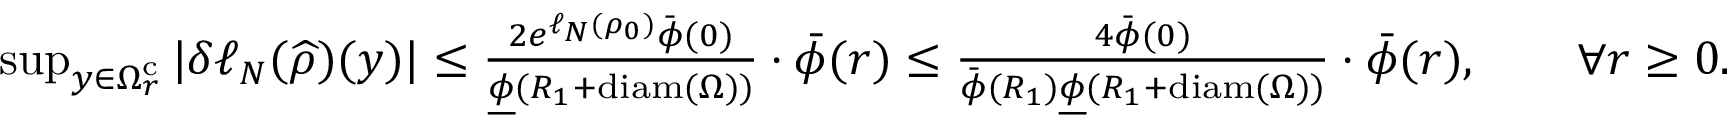
\begin{array} { r } { \operatorname* { s u p } _ { y \in \Omega _ { r } ^ { \mathrm { c } } } | \delta \ell _ { N } ( \widehat { \rho } ) ( y ) | \leq \frac { 2 e ^ { \ell _ { N } ( \rho _ { 0 } ) } \bar { \phi } ( 0 ) } { \underline { { \phi } } ( R _ { 1 } + \mathrm { d i a m } ( \Omega ) ) } \cdot \bar { \phi } ( r ) \leq \frac { 4 \bar { \phi } ( 0 ) } { \bar { \phi } ( R _ { 1 } ) \underline { { \phi } } ( R _ { 1 } + \mathrm { d i a m } ( \Omega ) ) } \cdot \bar { \phi } ( r ) , \qquad \forall r \geq 0 . } \end{array}